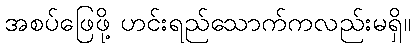
အစပ်ဖြေဖို့ ဟင်းရည်သောက်ကလည်းမရှိ။